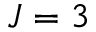
J = 3